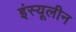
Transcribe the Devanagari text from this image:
इंस्यूलीन